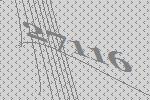
27116